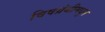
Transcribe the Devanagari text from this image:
विषग्रंथीमधून